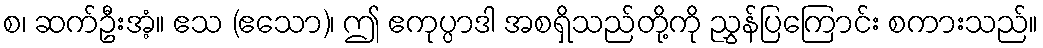
စ၊ ဆက်ဦးအံ့။ ဧသ (ဧသော)၊ ဤ ဧကုပ္ပာဒါ အစရှိသည်တို့ကို ညွှန်ပြကြောင်း စကားသည်။